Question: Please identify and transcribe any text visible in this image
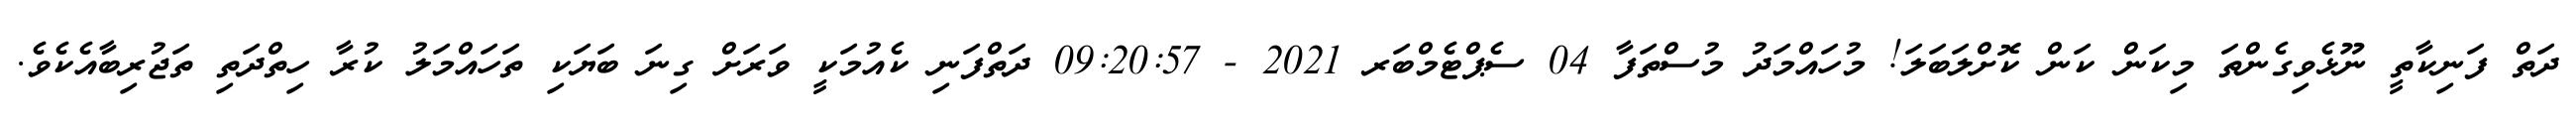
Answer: ދަތް ފަނިކާތީ ނޫޅެވިގެންތަ މިކަން ކަން ކޮށްލަބަލަ! މުހައްމަދު މުސްތަފާ 04 ސެޕްޓެމްބަރ 2021 - 09:20:57 ދަތްފަނި ކެއުމަކީ ވަރަށް ގިނަ ބަޔަކި ތަހައްމަލު ކުރާ ހިތްދަތި ތަޖުރިބާއެކެވެ.